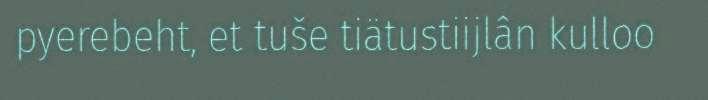
pyerebeht, et tuše tiätustiijlân kulloo